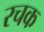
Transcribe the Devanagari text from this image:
रचक